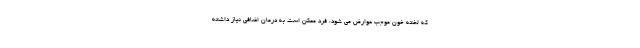
که لخته خون موجب عوارض می شود، فرد ممکن است به درمان اضافی نیاز داشته